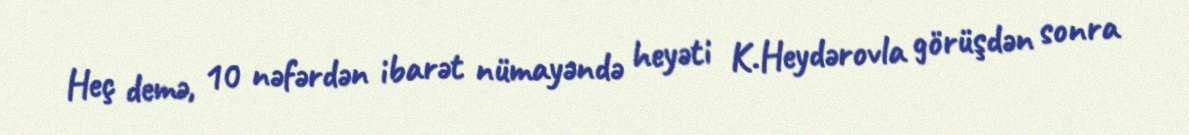
Heç demə, 10 nəfərdən ibarət nümayəndə heyəti K.Heydərovla görüşdən sonra